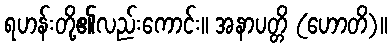
ရဟန်းတို့၏လည်းကောင်း။ အနာပတ္တိ (ဟောတိ)။